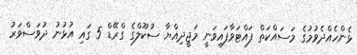
ޅެންހެއްދެވުމުގެ މަސައްކަތް ފައްޓަވާފައިވަނީ މަޖީދިއްޔާ ސުކޫލްގެ ގްރޭޑް 5 ގައި އުޅުނު ދުވަސްވަރު